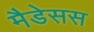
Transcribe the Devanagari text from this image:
मैडेसस